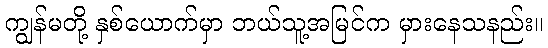
ကျွန်မတို့ နှစ်ယောက်မှာ ဘယ်သူ့အမြင်က မှားနေသနည်း။